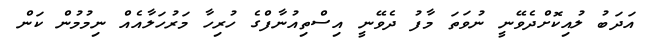
އަދަބުު ލުއިކޮށްދެވޭނީ ނުވަތަ މާފު ދެވޭނީ އިސްތިއުނާފްގެ ހުރިހާ މަރުހަލާއެއް ނިމުމުން ކަން